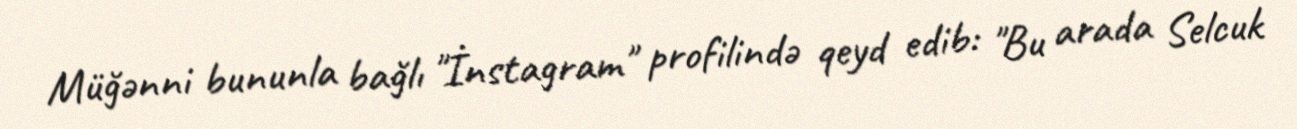
Müğənni bununla bağlı "İnstagram" profilində qeyd edib: "Bu arada Selcuk